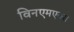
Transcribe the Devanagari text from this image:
विनएमएक्स